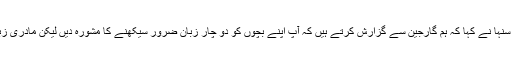
پرو وائس چانسلر پروفیسر ڈولی سنہا نے کہا کہ ہم گارجین سے گزارش کرتے ہیں کہ آپ اپنے بچوں کو دو چار زبان ضرور سیکھنے کا مشورہ دیں لیکن مادری زبان سیکھنے پر زیادہ توجہ دیں ۔